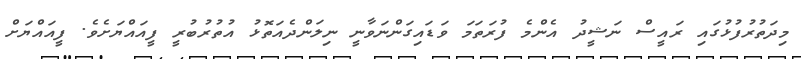
މިދަތުރުފުޅުގައި ރައީސް ނަޝީދު އެންމެ ފުރަތަމަ ވަޑައިގަންނަވާނީ ނިލަންދެއަތޮޅު އުތުރުބުރީ ފީއައްޔަށެވެ. ފީއައްޔަށް